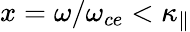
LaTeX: x=\omega/\omega_{ce}<\kappa_{\| }